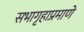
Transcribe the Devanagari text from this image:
सभागृहाप्रमाणे